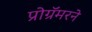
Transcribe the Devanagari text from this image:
प्रोग्रॅमरने